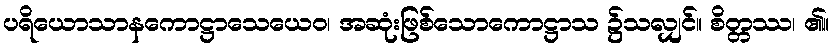
ပရိယောသာနကောဋ္ဌာသေယေဝ၊ အဆုံးဖြစ်သောကောဋ္ဌာသ ၌သလျှင်။ စိတ္တဿ၊ ၏။